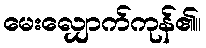
မေးလျှောက်ကုန်၏။